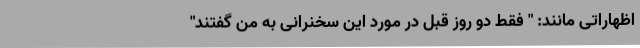
اظهاراتی مانند: " فقط دو روز قبل در مورد این سخنرانی به من گفتند"